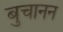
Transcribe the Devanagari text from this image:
बुचानन